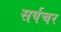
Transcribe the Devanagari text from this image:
सर्पचर